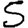
Digit: 5